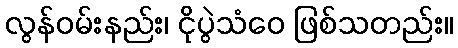
လွန်ဝမ်းနည်း၊ ငိုပွဲသံဝေ ဖြစ်သတည်း။